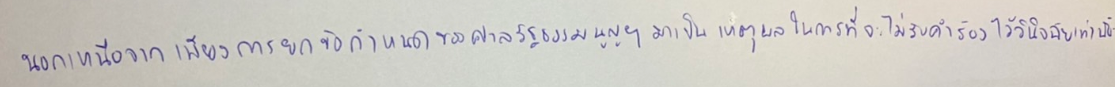
นอกเหนือจากเพียงการยกข้อกำหนดของศาลรัฐธรรมนูญฯมาเป็นเหตุผลในการที่จะไม่รับคำร้องไว้วินิจฉัยเท่านั้น